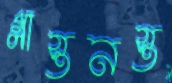
গ্লাস্তনস্ত